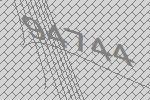
94744